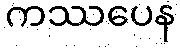
ကဿပေန